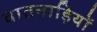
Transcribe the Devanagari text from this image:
वातनाड़ियों